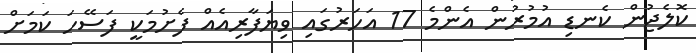
ކޮލެޖުން ކެނޑި އުމުރުން އެންމެ 17 އަހަރުގައި ވިޔަފާރިއެއް ފެށުމަކީ ފަސޭހަ ކަމަށް